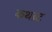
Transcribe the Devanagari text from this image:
कथब्र्ट